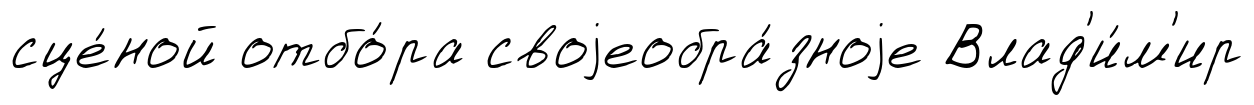
сце́ной отбо́ра своjеобра́зноjе Влад'и́м'ир